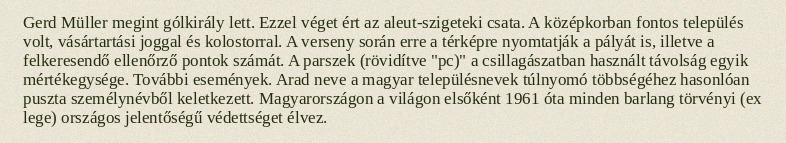
Gerd Müller megint gólkirály lett. Ezzel véget ért az aleut-szigeteki csata. A középkorban fontos település volt, vásártartási joggal és kolostorral. A verseny során erre a térképre nyomtatják a pályát is, illetve a felkeresendő ellenőrző pontok számát. A parszek (rövidítve "pc)" a csillagászatban használt távolság egyik mértékegysége. További események. Arad neve a magyar településnevek túlnyomó többségéhez hasonlóan puszta személynévből keletkezett. Magyarországon a világon elsőként 1961 óta minden barlang törvényi (ex lege) országos jelentőségű védettséget élvez.